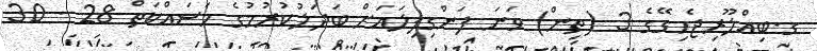
ގ.ބިއްލޫރިޖެހިގޭގެ 3 (ތިން) ވަނަ ފަންގިފިލައަށް ބަދަލުކުރުމުގެ މަސައްކަތް 28 - 30